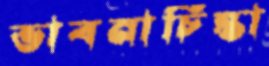
ভাবনাচিন্তা